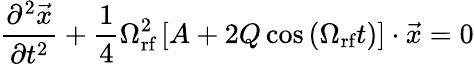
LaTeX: \frac{\partial^{2}\vec{x}}{\partial t^{2}}+\frac{1}{4}\Omega_{\textrm{rf}}^{2}\left[A+2Q\cos\left(\Omega_{\textrm{rf}}t\right)\right]\cdot\vec{x}=0